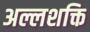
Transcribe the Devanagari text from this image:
अल्लशक्ति